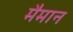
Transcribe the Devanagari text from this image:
मैमान